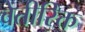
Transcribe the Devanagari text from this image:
वेतीरिक्त